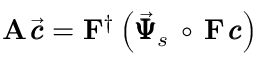
{ \bf A } \, \vec { \pmb { c } } = { \bf F } ^ { \dagger } \left( \vec { \pmb { { \Psi } } } _ { s } \, \circ \, { \bf F } \, { \pmb { c } } \right)